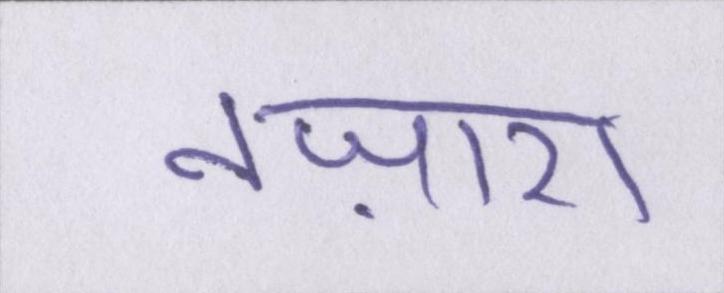
नज़ारा